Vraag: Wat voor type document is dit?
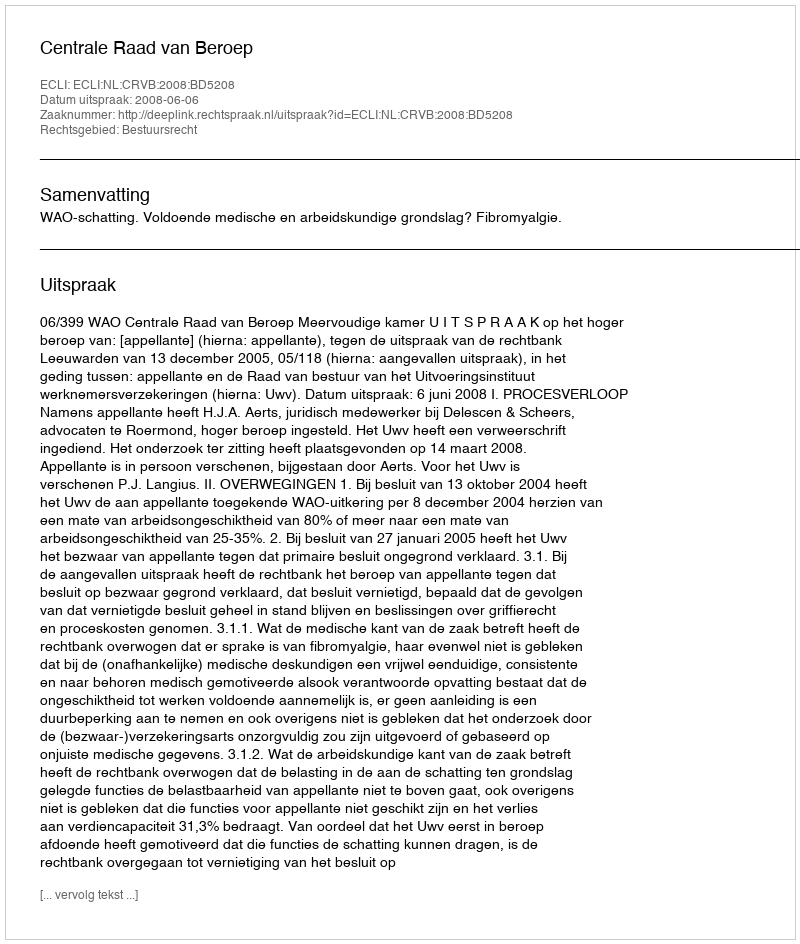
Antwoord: Uitspraak